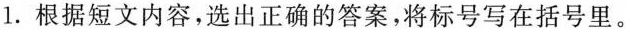
1.根据短文内容,选出正确的答案,将标号写在括号里。